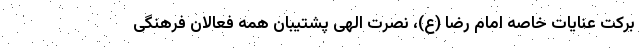
برکت عنایات خاصه امام رضا (ع)، نصرت الهی پشتیبان همه فعالان فرهنگی